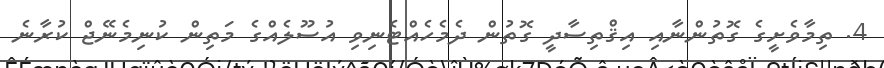
4. ތިމާވެށީގެ ގޮތުންނާއި އިޤްތިސާދީ ގޮތުން ދެމެހެއްޓެނިވި އުސޫލެއްގެ މަތިން ކުނިމެނޭޖް ކުރާނެ